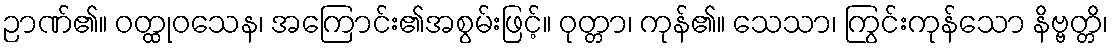
ဉာဏ်၏။ ဝတ္ထုဝသေန၊ အကြောင်း၏အစွမ်းဖြင့်။ ဝုတ္တာ၊ ကုန်၏။ သေသာ၊ ကြွင်းကုန်သော နိဗ္ဗတ္တိ၊